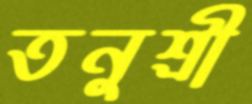
তনুশ্রী